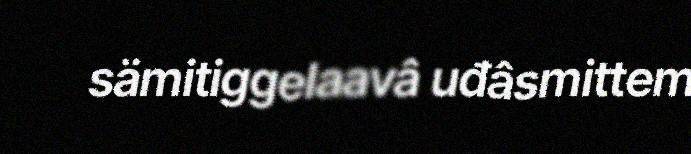
sämitiggelaavâ uđâsmittem